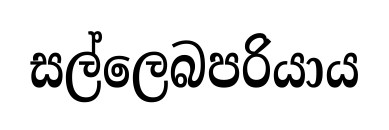
සල්ලෙබපරියාය